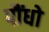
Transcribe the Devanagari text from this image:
पौंधो